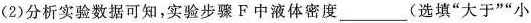
(2)分析实验数据可知，实验步骤F中液体密度___(选填”大于””小